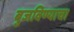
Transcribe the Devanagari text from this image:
बुजविण्याचा